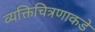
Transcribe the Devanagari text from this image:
व्यक्तिचित्रणाकडे